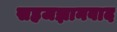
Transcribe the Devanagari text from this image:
सहजज्ञानवाद